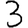
Digit: 3